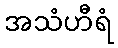
အသံဟီရံ